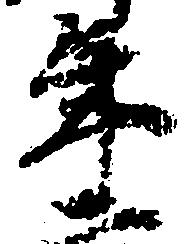
年